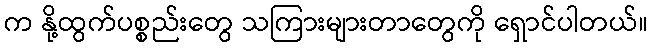
က နို့ထွက်ပစ္စည်းတွေ သကြားများတာတွေကို ရှောင်ပါတယ်။